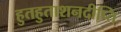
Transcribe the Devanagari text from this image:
हुतहुताशनदीप्ति